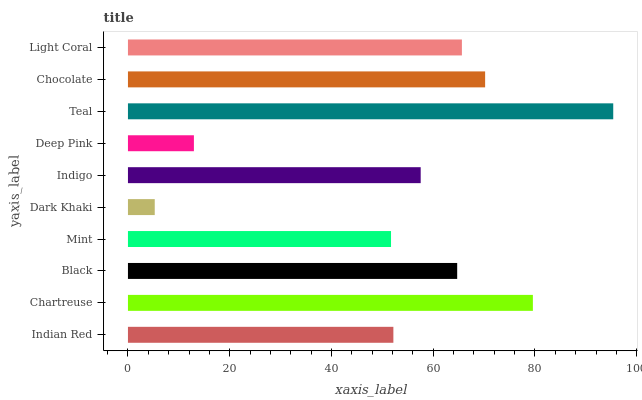
| yaxis_label | bars |
 | --- | --- |
 | Indian Red | 52.2 |
 | Chartreuse | 79.6 |
 | Black | 64.7 |
 | Mint | 51.7 |
 | Dark Khaki | 5.27 |
 | Indigo | 57.5 |
 | Deep Pink | 13 |
 | Teal | 95.4 |
 | Chocolate | 70.2 |
 | Light Coral | 65.6 |